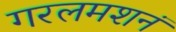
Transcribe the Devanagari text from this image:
गरलमशनं